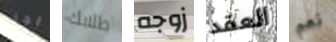
اجر طلابك زوجه العقد نعم